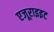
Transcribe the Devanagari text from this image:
एजूराइइट